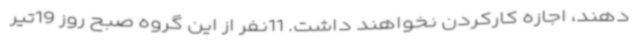
دهند، اجازه کارکردن نخواهند داشت. 11نفر از این گروه صبح روز 19‌تیر